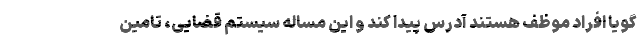
گویا افراد موظف هستند آدرس پیدا کند و این مساله سیستم قضایی، تامین